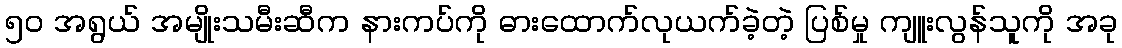
၅၀ အရွယ် အမျိုးသမီးဆီက နားကပ်ကို ဓားထောက်လုယက်ခဲ့တဲ့ ပြစ်မှု ကျူးလွန်သူကို အခု